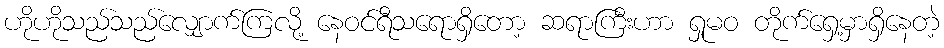
ဟိုဟိုသည်သည်လျှောက်ကြလို့ နေဝင်ရီသရောရှိတော့ ဆရာကြီးဟာ ရှုမဝ တိုက်ရှေ့မှာရှိနေတဲ့